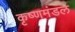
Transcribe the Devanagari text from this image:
कृष्णमंडल